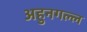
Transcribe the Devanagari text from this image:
अहुनगल्ल